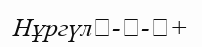
Нұргүл	-	-	+